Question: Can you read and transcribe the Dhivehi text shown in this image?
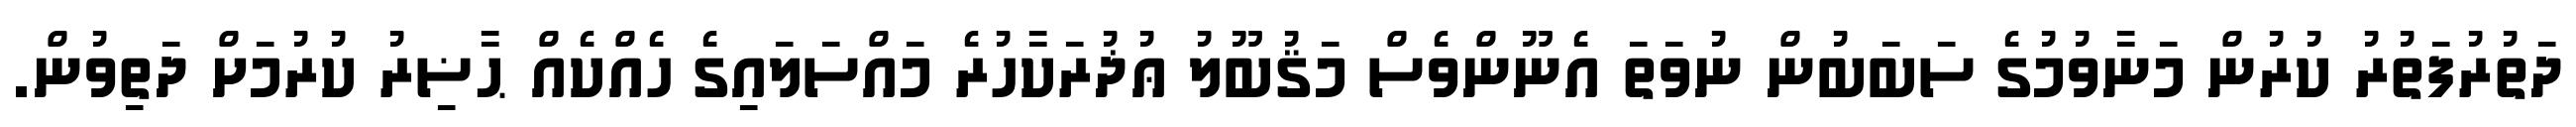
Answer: ދަތުރުފަތުރު ކުރުން މަނާވުމުގެ ސަބަބުން ނުވަތަ އެނޫންވެސް މަޤުބޫލު ޢުޛުރަކާހުރެ މައްސަލައިގެ ހެއްކެއް ޙާޟިރު ކުރުމަށް ދަތިވުން.